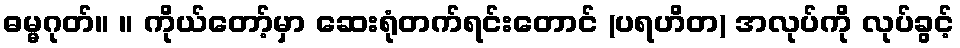
ဓမ္မဂုတ်။ ။ ကိုယ်တော့်မှာ ဆေးရုံတက်ရင်းတောင် (ပရဟိတ) အလုပ်ကို လုပ်ခွင့်